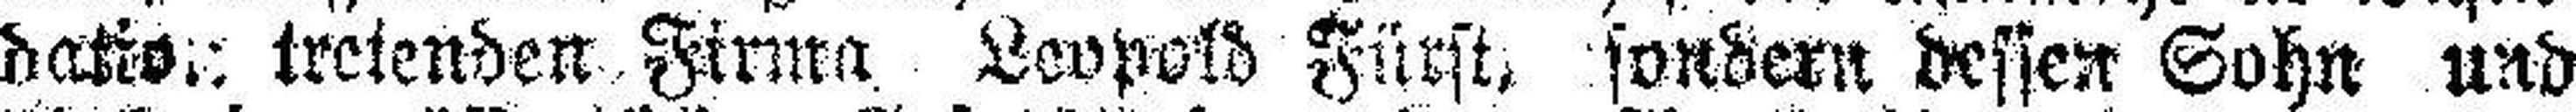
dation tretenden Firma Leopold Fürst, sondern dessen Sohn und